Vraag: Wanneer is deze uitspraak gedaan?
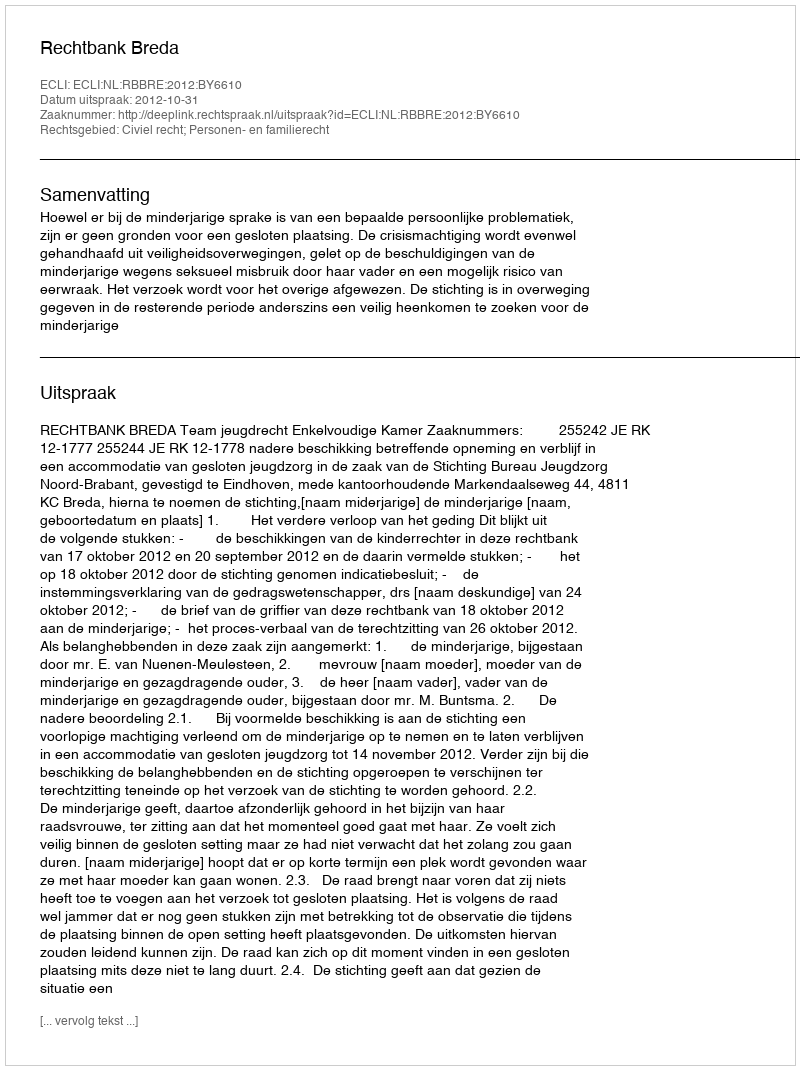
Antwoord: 2012-10-31